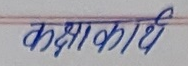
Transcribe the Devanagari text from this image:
कक्षाकार्य